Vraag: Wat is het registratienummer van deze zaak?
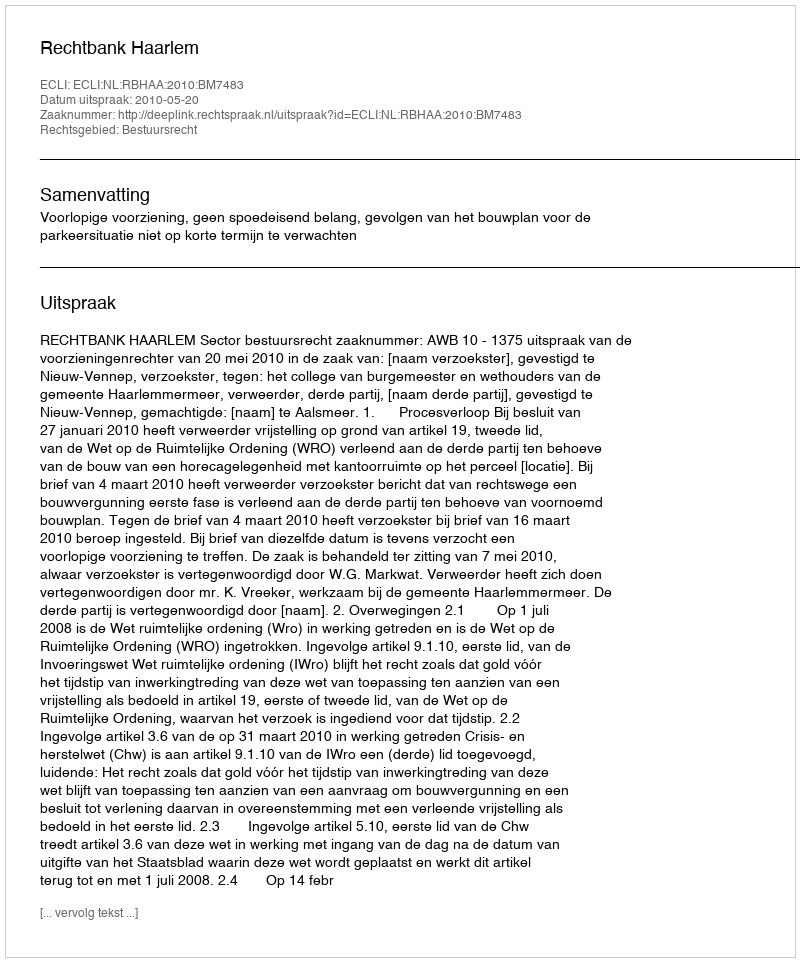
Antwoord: http://deeplink.rechtspraak.nl/uitspraak?id=ECLI:NL:RBHAA:2010:BM7483